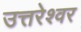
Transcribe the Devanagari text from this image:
उत्तरेश्‍वर